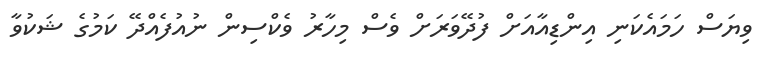
ވިޔަސް ހަމައެކަނި އިންޑިއާއަށް ފުދޭވަރަށް ވެސް މިހާރު ވެކްސިން ނުއުފެއްދޭ ކަމުގެ ޝަކުވާ